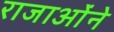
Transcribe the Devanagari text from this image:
राजाओंने